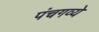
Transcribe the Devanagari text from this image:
पंचगव्ये